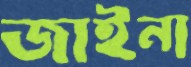
জাইনা